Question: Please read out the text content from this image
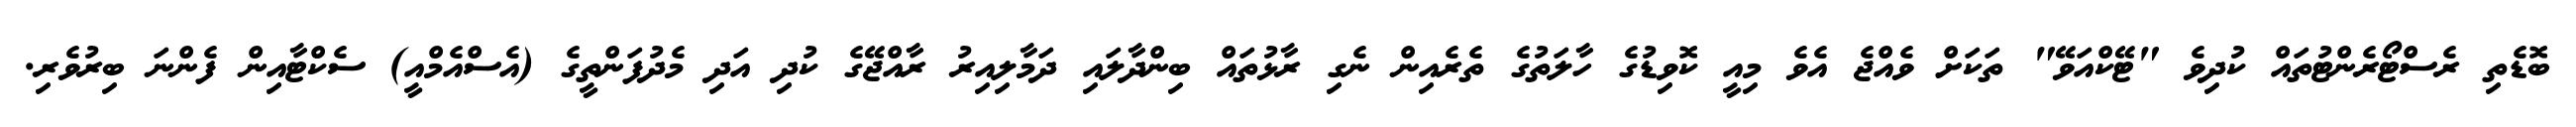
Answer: ބޮޑެތި ރެސްޓޯރެންޓުތައް ކުދިވެ "ޓޭކްއަވޭ" ތަކަށް ވެއްޖެ އެވެ މިއީ ކޮވިޑުގެ ހާލަތުގެ ތެރެއިން ނެގި ރާޅުތައް ބިންދާލައި ދަމާލިއިރު ރާއްޖޭގެ ކުދި އަދި މެދުފަންތީގެ (އެސްއެމްއީ) ސެކްޓާއިން ފެންނަ ބިރުވެރި.